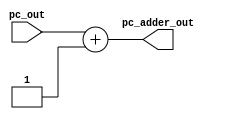
module pc_adder(
  pc_out, //output of PC module
  pc_adder_out //output of PC adder
  );

  input[31:0]pc_out;
  output reg[31:0]pc_adder_out;
  always @(pc_out)
  begin
    pc_adder_out = pc_out + 32'b1;
  end

endmodule